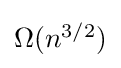
{\textstyle \Omega (n^{3/2})}